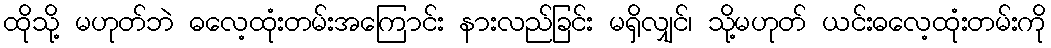
ထိုသို့ မဟုတ်ဘဲ ဓလေ့ထုံးတမ်းအကြောင်း နားလည်ခြင်း မရှိလျှင်၊ သို့မဟုတ် ယင်းဓလေ့ထုံးတမ်းကို